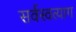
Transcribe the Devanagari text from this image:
सर्वस्वत्याग